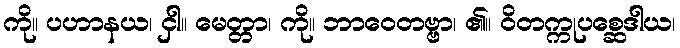
ကို။ ပဟာနယ၊ ငှါ။ မေတ္တာ၊ ကို။ ဘာဝေတဗ္ဗာ၊ ၏။ ဝိတက္ကုပစ္ဆေဒါယ၊